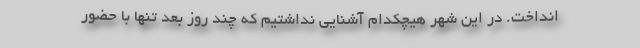
انداخت. در این شهر هیچکدام آشنایی نداشتیم که چند روز بعد تنها با حضور